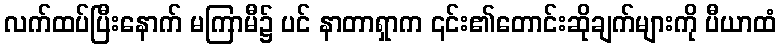
လက်ထပ်ပြီးနောက် မကြာမီ၌ ပင် နာတာရှာက ၎င်း၏တောင်းဆိုချက်များကို ပီယာထံ